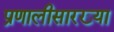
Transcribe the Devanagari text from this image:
प्रणालीसारख्या